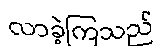
လာခဲ့ကြသည်